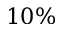
1 0 \%